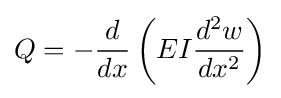
Q=-{\frac {d}{dx}}\left(EI{\frac {d^{2}w}{dx^{2}}}\right)